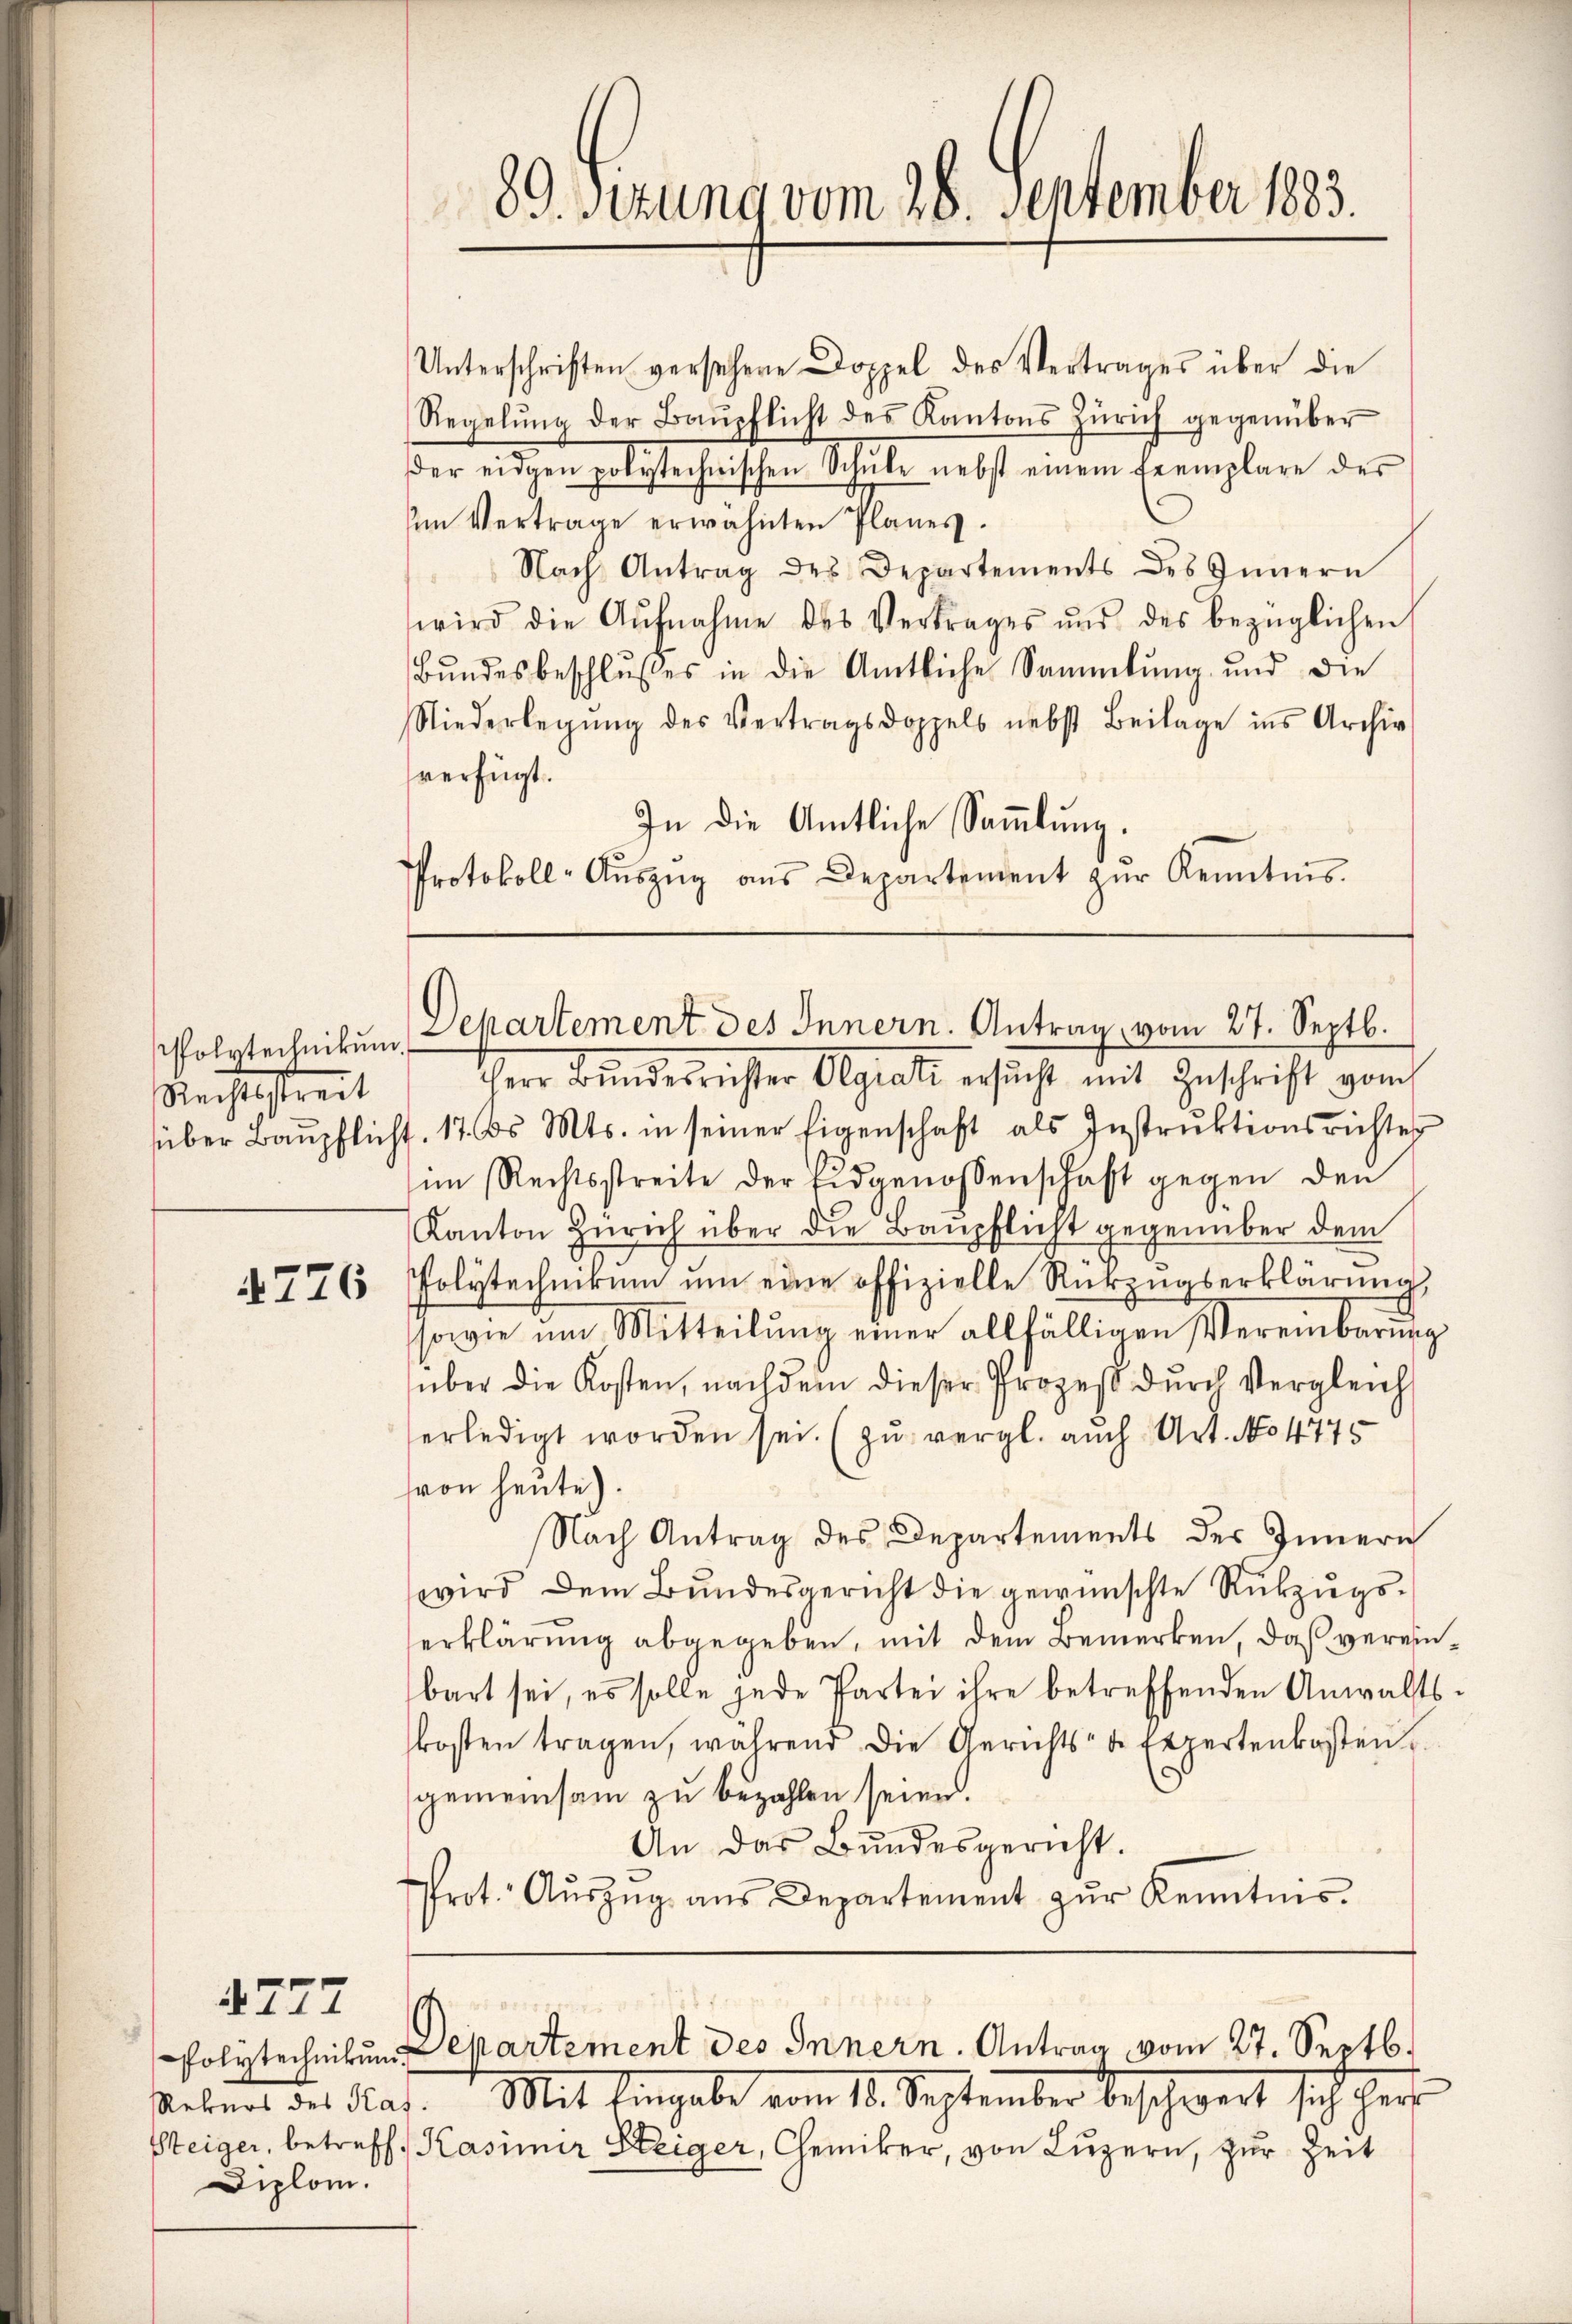
Polrtechnikum
Reichtstreit

4776

4727

Unterschriften versehene Doppel des Vertrages über die
Regelŭng der Baŭpflicht des Kantons Zürich gegenüber
der eidgen polytechnischen Schŭle nebst einem fremplare der
Am Vertrage erwähnten Planes.
Nach Antrag des Departements des Innern
wird die Aŭfnahme des Vertrages und des bezüglichen
Bŭndesbeschlŭsses in die Amtliche Sammlung und die
Niederlegŭng des Vertragsdoppels nebst Beilage ins Archiv
verfügt.
In die Amtliche Sammlung.
Protokoll-Aŭszŭg ans Departement zŭr Kenntnis.

Rekurs des Haf
Diplom.

89 sezung vom 28. September 1883.

Departement des Innern. Antrag vom 27. Septb.

HHerr Bundesrichter Olgiati ersucht mit Geschrift vom
süber Baŭpflicht. 17. ds. Mts. in seiner Eigenschaft als Instrŭktionsrichter
im Rechtsstreite der Eidgenossenschaft gegen den
Kanton Zürich über die Baŭpflicht gegenüber dem
Polytechnikum um eine offizielle Rückzŭgserklärung,
sowie um Mitteilung einer allfälligen Vereinbarung
über die Kosten, nachdem dieser Prozeß durch Vergleich
erledigt worden sei. (zu vergl. auch Art. No 4775
von heute).
Nach Antrag des Departements des Innern
wird dem Bundesgericht die gewünschte Rükzugserklärung abgegeben, mit dem Bemerken, daß vereinbart sei, es solle jede Partei ihre betreffenden Anwalts-
kosten tragen, während die Gerichts- u. Expertenkosten
gemeinsam zu bezahlen seien.
An das Bundesgericht.
Prot. Aŭszŭg aŭs Departement zŭr Kenntnis.

Polytechnikum Departement des Innern. Antrag vom 27. Septb.

Mit Eingabe vom 18. September beschwert sich her
Steiger, betreff, Kasimir Steiger, Chemiker, von Luzern, zur Zeit